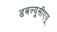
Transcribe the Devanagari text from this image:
डबल्यूसीएयू